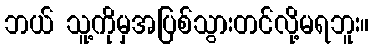
ဘယ် သူ့ကိုမှအပြစ်သွားတင်လို့မရဘူး။